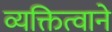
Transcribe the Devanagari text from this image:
व्यक्तित्वाने